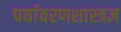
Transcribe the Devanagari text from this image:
पर्यावरणशास्त्रज्ञ